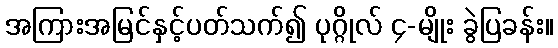
အကြားအမြင်နှင့်ပတ်သက်၍ ပုဂ္ဂိုလ် ၄-မျိုး ခွဲပြခန်း။